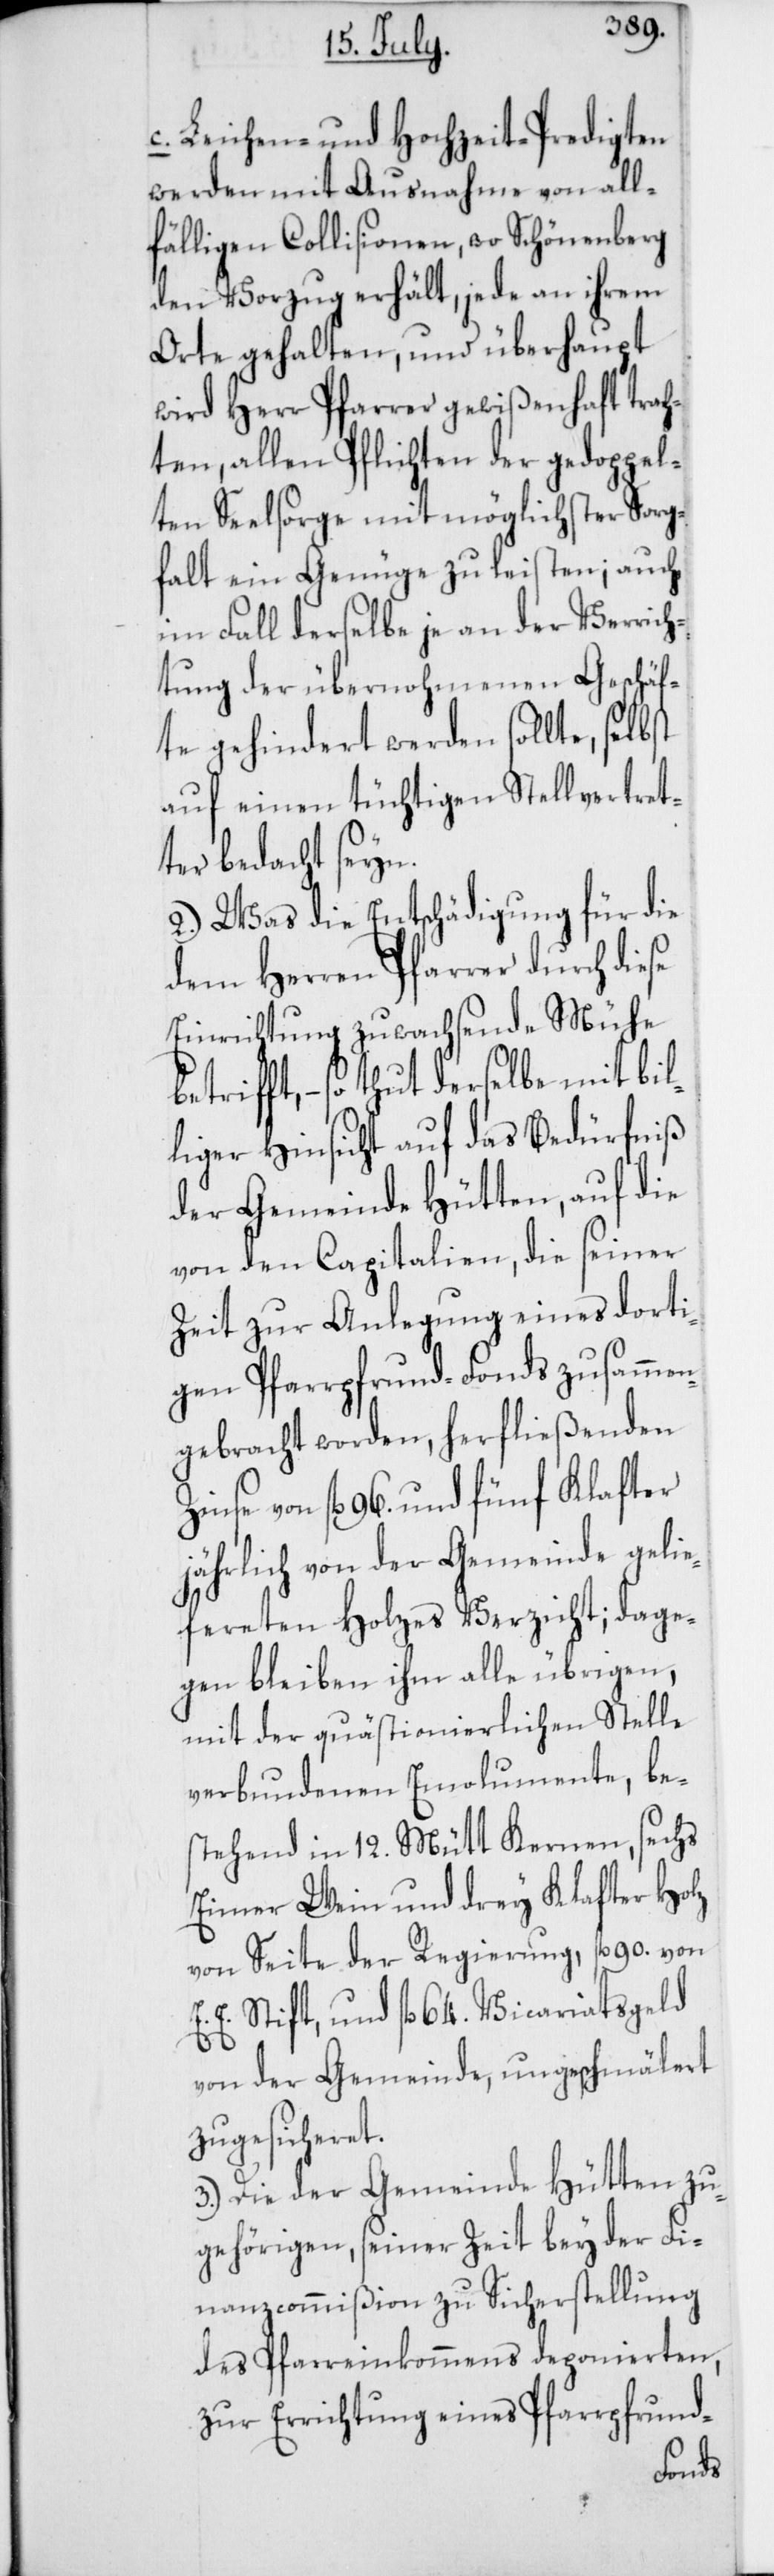
c. Leichen- und Hochzeit-Predigten
werden mit Ausnahme von all¬
fälligen Collisionen, wo Schönenberg
den Vorzug erhält, jede an ihrem
Orte gehalten, und überhaupt
wird Herr Pfarrer gewißenhaft trach¬
ten, allen Pflichten der gedoppel¬
ten Seelsorge mit möglichster Sorg¬
falt ein Genüge zu leisten; auch
im Fall derselbe je an der Verrich¬
tung der übernohmenen Geschäf¬
te gehindert werden sollte, selbst
auf einen tüchtigen Stellvertret¬
er bedacht seyn.
2.) Was die Entschädigung für die
dem Herren Pfarrer durch diese
Einrichtung zuwachsende Mühe
betrifft, – so thut derselbe mit bil¬
liger Hinsicht auf das Bedürfniß
der Gemeinde Hütten, auf die
von den Capitalien, die seiner
Zeit zur Anlegung eines dorti¬
gen Pfarrpfrund-Fonds zusammen¬
gebracht worden, herfließenden
Zinse von fl. 96. und fünf Klafter
jährlich von der Gemeinde gelie¬
ferten Holzes Verzicht; dage¬
gen bleiben ihm alle übrigen,
mit der quästionierlichen Stelle
verbundenen Emolumente, be¬
stehend in 12. Mütt Kernen, sechs
Eimer Wein und drey Klafter Holz
von Seite der Regierung, fl. 90. von
E. Stift und fl. 64. Vicariatsgeld
von der Gemeinde, ungeschmälert
zugesicheret.
3.) Die der Gemeinde Hütten zu¬
gehörigen, seiner Zeit bey der Fi¬
nanzcommißion zu Sicherstellung
des Pfarreinkommens deponierten,
zur Errichtung eines Pfarrpfrund-